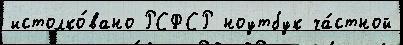
истолко́вано РСФСР ноутбук ча́стной